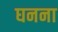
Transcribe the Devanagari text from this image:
घनना